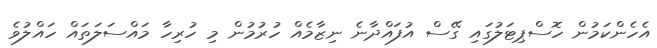
އެހެންކަމުން ހޮސްޕިޓަލުގައި ގޭސް އުފައްދާނެ ނިޒާމެއް ހުރުމުން މި ހުރިހާ މައްސަލަތައް ހައްލުވެ